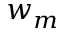
w _ { m }